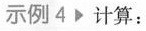
示例 4 计算: